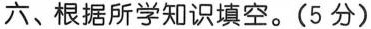
六、根据所学知识填空。(5分)